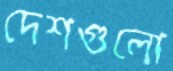
দেশগুলো